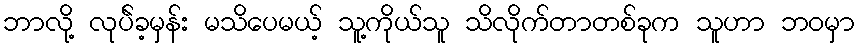
ဘာလို့ လုပ်ဲခ့မှန်း မသိပေမယ့် သူ့ကိုယ်သူ သိလိုက်တာတစ်ခုက သူဟာ ဘဝမှာ